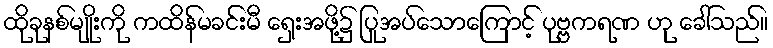
ထိုခုနစ်မျိုးကို ကထိန်မခင်းမီ ရှေးအဖို့၌ ပြုအပ်သောကြောင့် ပုဗ္ဗကရဏ ဟု ခေါ်သည်။